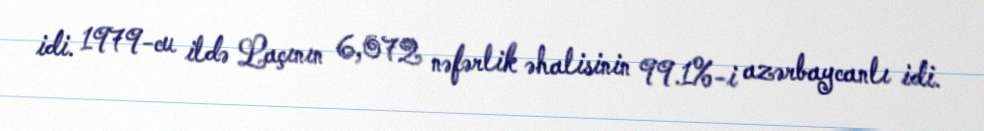
idi. 1979-cu ildə Laçının 6,072 nəfərlik əhalisinin 99.1%-i azərbaycanlı idi.